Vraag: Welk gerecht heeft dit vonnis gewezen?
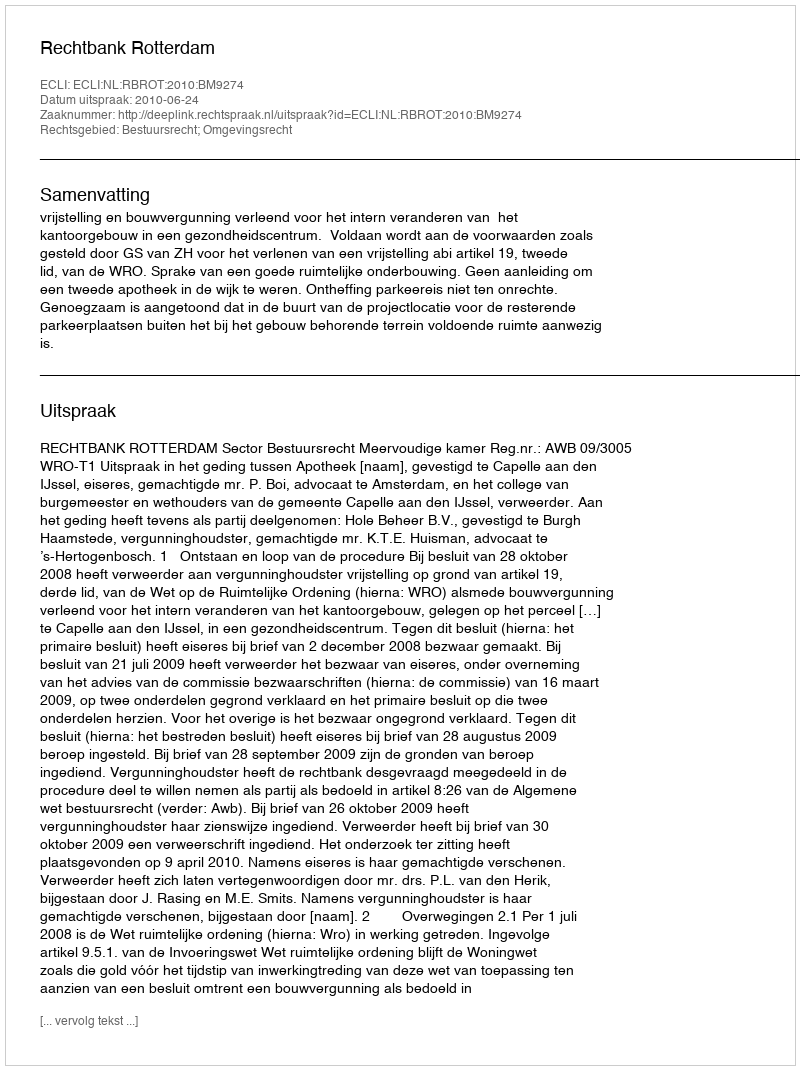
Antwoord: Rechtbank Rotterdam